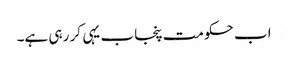
اب حکومت پنجاب یہی کر رہی ہے۔